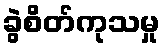
ခွဲစိတ်ကုသမှု